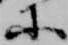
等